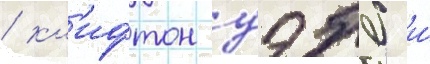
/ кл'ифтон уэбб и́